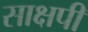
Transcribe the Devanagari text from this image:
साक्षपी